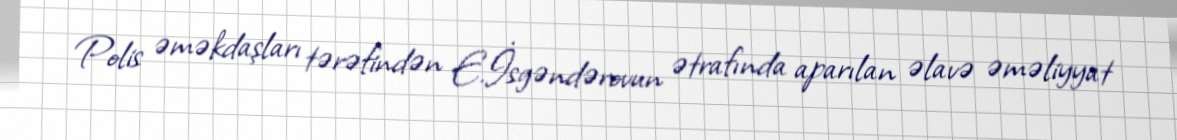
Polis əməkdaşları tərəfindən E.İsgəndərovun ətrafında aparılan əlavə əməliyyat